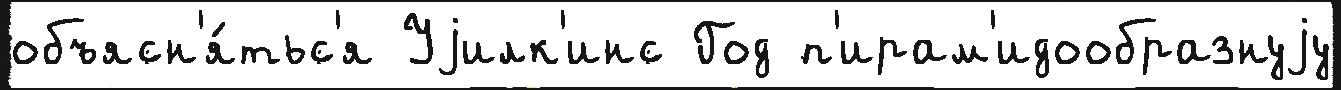
объясн'я́тьс'я Уjилк'инс Год п'ирам'идообразнуjу